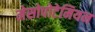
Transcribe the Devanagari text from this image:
मेसोपोटेमियन